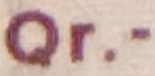
Qr.